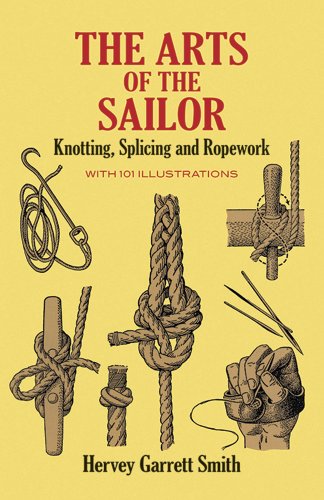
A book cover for The Arts of the Sailor: Knotting, Splicing and Ropework (Dover Maritime); Hervey Garrett Smith; Engineering & Transportation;